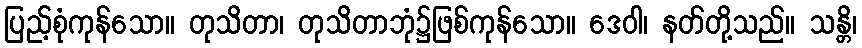
ပြည့်စုံကုန်သော။ တုသိတာ၊ တုသိတာဘုံ၌ဖြစ်ကုန်သော။ ဒေဝါ၊ နတ်တို့သည်။ သန္တိ၊